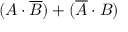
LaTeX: ( A \cdot { \overline { { B } } } ) + ( { \overline { { A } } } \cdot B )